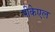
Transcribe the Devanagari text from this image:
पीकेएल